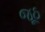
જૂઠ